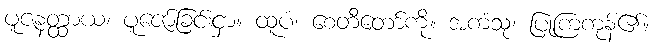
ပူဇနတ္ထာယ၊ ပူဇော်ခြင်းငှာ။ ထူပံ၊ စေတီတော်ကို။ အကံသု၊ ပြုကြကုန်၏။